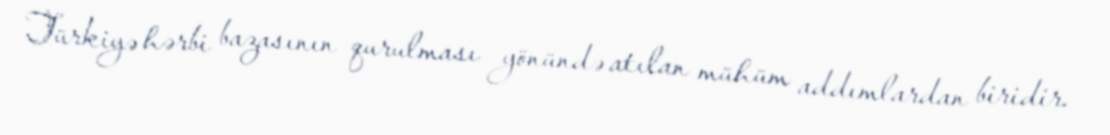
Türkiyə hərbi bazasının qurulması yönündə atılan mühüm addımlardan biridir.